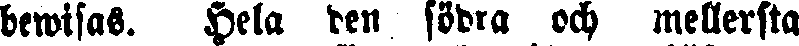
bewisas. Hela den södra och mellersta